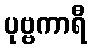
ပုဗ္ဗကာရီ